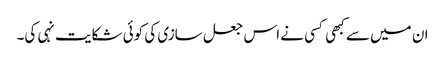
ان میں سے کبھی کسی نے اس جعل سازی کی کوئی شکایت نہی کی۔